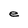
Character: e